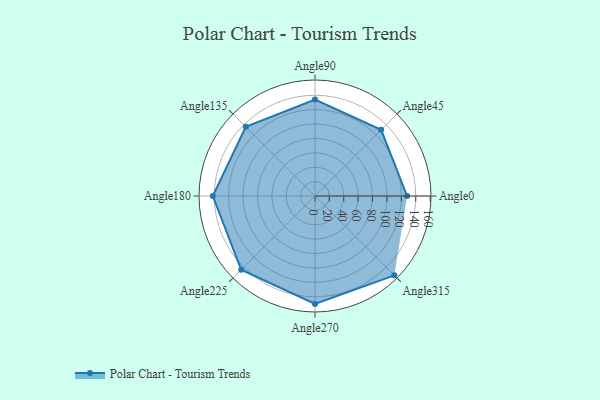
{"axis": {"x": "Angle", "y": "Radius"}, "legend": [""], "data": [{"x": "Angle0", "y": 128.0, "type": ""}, {"x": "Angle45", "y": 130.0, "type": ""}, {"x": "Angle90", "y": 134.0, "type": ""}, {"x": "Angle135", "y": 136.0, "type": ""}, {"x": "Angle180", "y": 142.0, "type": ""}, {"x": "Angle225", "y": 145.0, "type": ""}, {"x": "Angle270", "y": 150.0, "type": ""}, {"x": "Angle315", "y": 156.0, "type": ""}]}